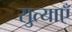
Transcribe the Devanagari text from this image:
सुत्याएँ